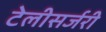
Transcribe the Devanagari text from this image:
टेलीसर्जरी